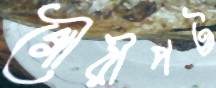
গৌরীপট্ট